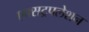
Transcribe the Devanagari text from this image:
एक्सट्रपलेशन